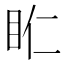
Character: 𥄰